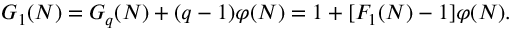
G _ { 1 } ( N ) = G _ { q } ( N ) + ( q - 1 ) \varphi ( N ) = 1 + [ F _ { 1 } ( N ) - 1 ] \varphi ( N ) .